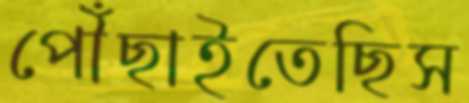
পৌঁছাইতেছিস